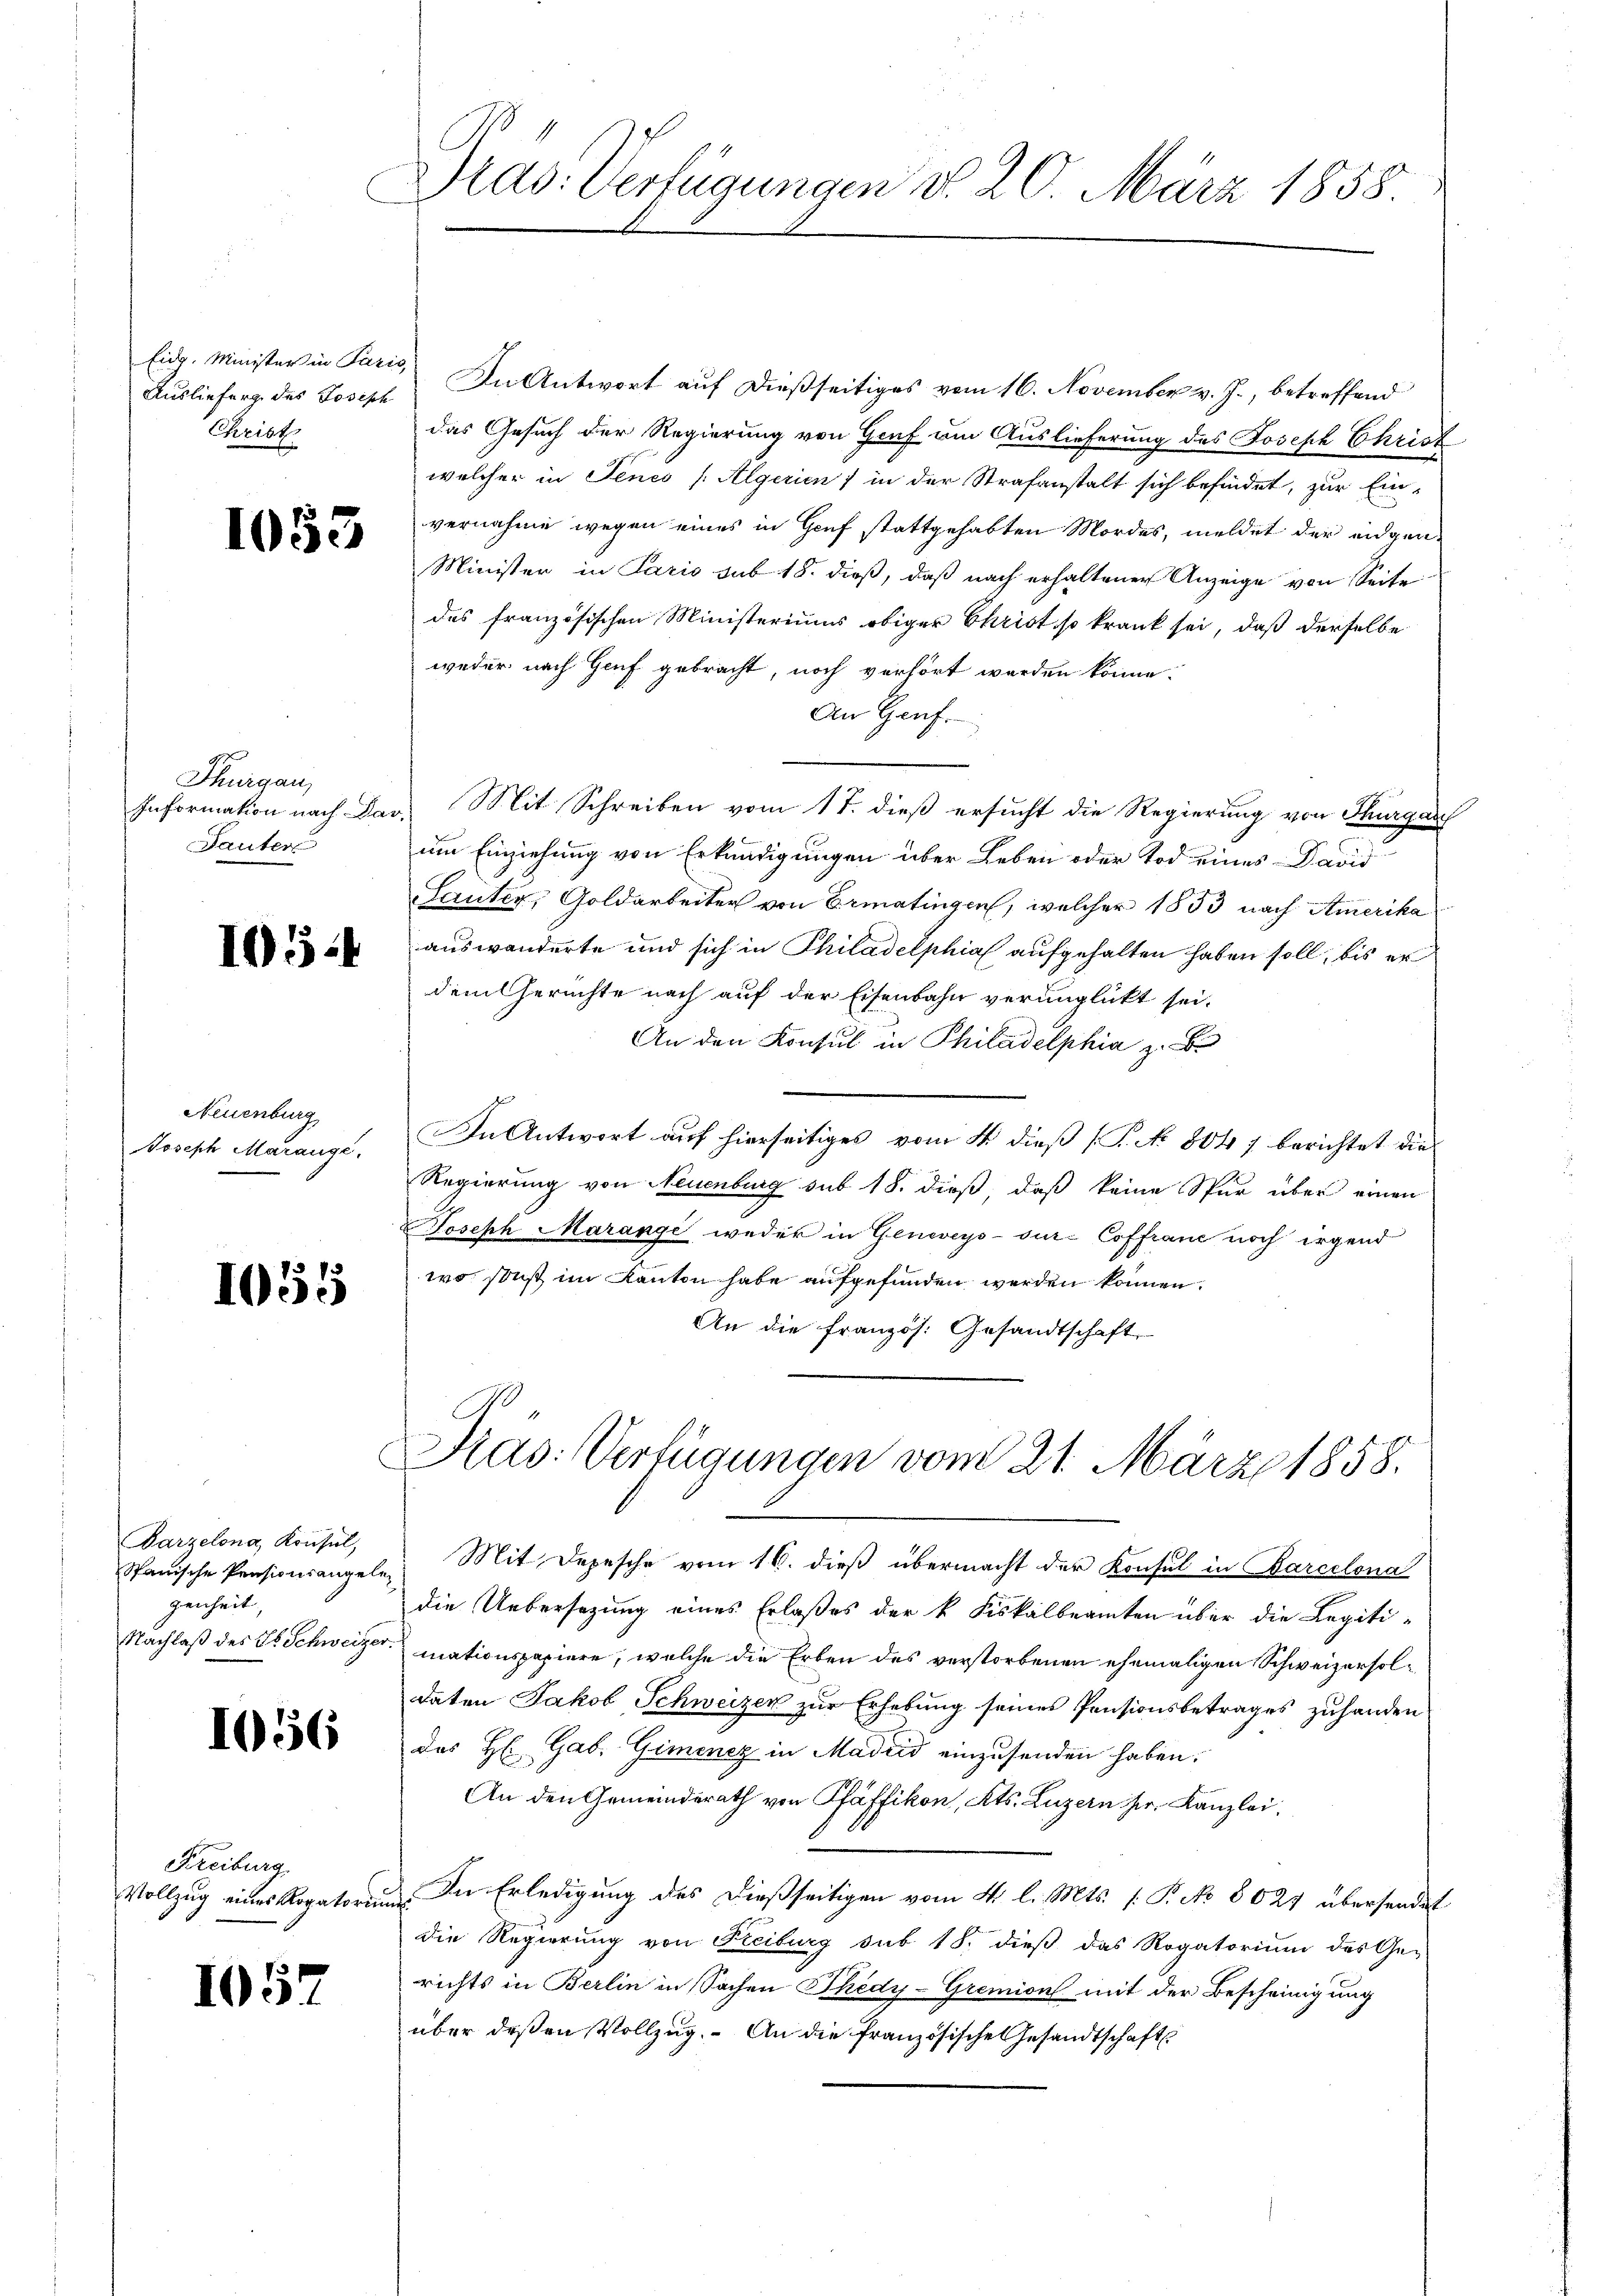
Auslieferg des Joseph
Christ

1053

Thurgau,
Sauter

1054

Neuenburg
Joseph Marange.

1055

Barzelona, Konsul,
Spanische Pensionsangelegenheit,

1056

Freiburg
Vollzug eines Rogatorium

1057

Pras: Verfügungen d. 20. März 1858.

Eidg. Minister in Paris. In Antwort auf dießseitiges vom 16. November v. J., betreffend
das Gesuch der Regierung von Graf um Auslieferung des Joseph Christ
welcher in Jenes /: Algerien) in der Strafanstalt sich befindet, zur Einvernahme wegen eines in Genf stattgehabten Mordes, meldet der eidgen¬
Minister in Paris sub 18. dieß, daß nach erhaltener Anzeige von Seite
des französischen Ministeriums obiger Christ so krank sei, daß derselbe
weder nach Genf gebracht, noch verhört worden könne.
An Genf.
Information nach dar. Mit Schreiben vom 17. dieß ersucht die Regierung von Thurgau
um Einziehung von Erkundigungen über Leben oder Tod eines David
Lauter, Goldarbeiter von Ermatingen, welcher 1833 nach Amerika
auswanderte und sich in Philadelphia aufgehalten haben soll, bis er
dem Gerichte nach auf der Eisenbahn verunglückt sei.
An den Konsul in Philadelphia z. B.
In Antwort auf hierseitiges vom 4. dieß (T. No. 8047 berichtet die
Regierung von Neuenburg sub 18. dieß, daß keine Spur über einen
Joseph Marange weder in Geneeys-sur-Coffranc noch irgend
wo, sonst im Kanton habe aufgefunden werden können.
An die französ. Gesandtschaft

Kas: Verfügungen vom 21. März 1858.
Mit Depesche vom 16. dieß übermacht der Konsul in Barcelona

die Uebersatzung eines Erlaßes der k. Fiskalbeamten über die Legiti¬
Nachlaß des St. Schweizer mationspapiere, welche die Erben des verstorbenen ehemaligen Schweizersoldaten Jakob Schweizer zur Erhebung seines Pensionsbetrages zuhanden
das H: Gab. Gimencz in Madrid einzusenden haben.
An den Gemeinderath von Pfäffikon, Kts. Luzern ser Kanzlei.
 In Erledigung des dießseitigen vom 4. l. Mts. (: P. No 8027 übersendet
die Regierung von Freiburg sub 18. dieß das Rogatorium des Ge-
richts in Berlin in Sachen Thedy-Gremion mit der Bescheinigung
über deßen Vollzug. An die französische Gesandtschaft